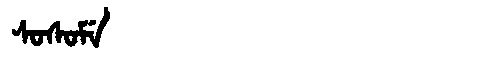
Manchu: ᠰᠣᠰᠣᠮᡝ
Romanization: SOSOME